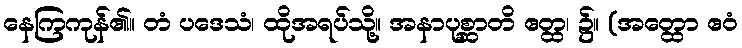
နေကြကုန်၏။ တံ ပဒေသံ၊ ထိုအရပ်သို့။ အနာပုစ္ဆာတိ ဧတ္ထ၊ ၌။ (အတ္ထော ဧဝံ